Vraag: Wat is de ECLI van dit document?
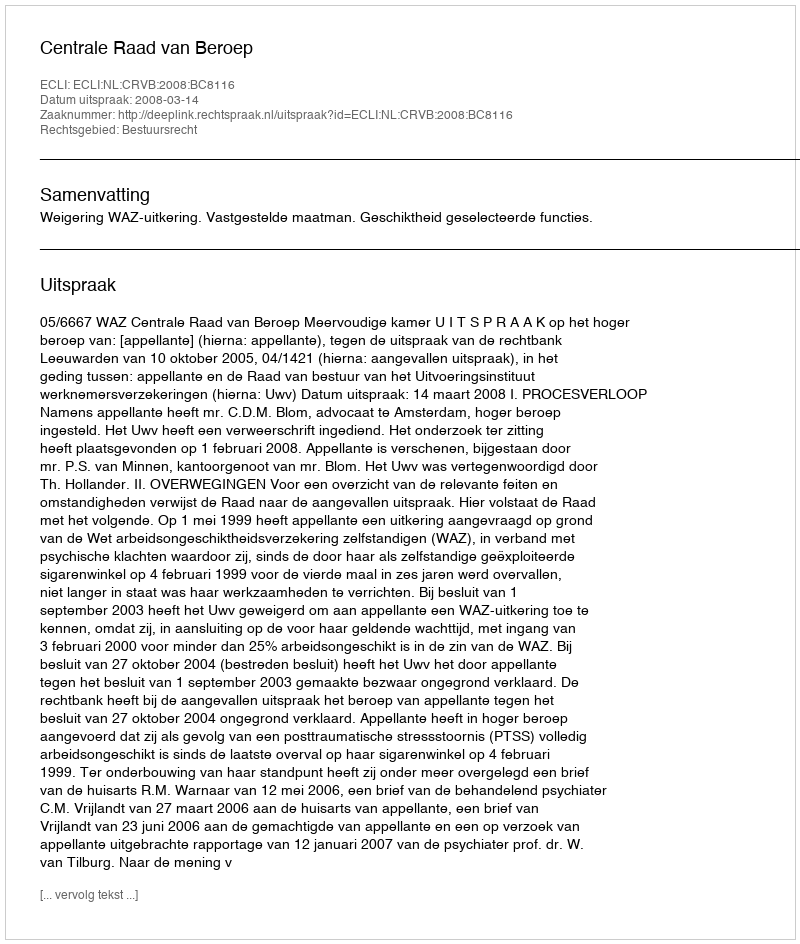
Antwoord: ECLI:NL:CRVB:2008:BC8116